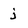
Character: j